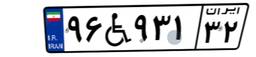
۹۶W۹۳۱۳۲